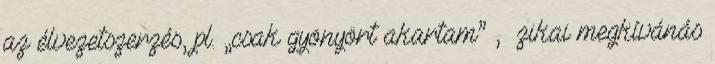
az élvezetszerzés, pl. „csak gyönyört akartam” , ﬁzikai megkívánás